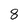
Character: 8